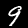
Digit: 9